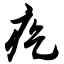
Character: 疙